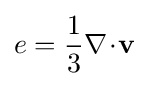
e={\frac {1}{3}}\nabla \!\cdot \!\mathbf {v}